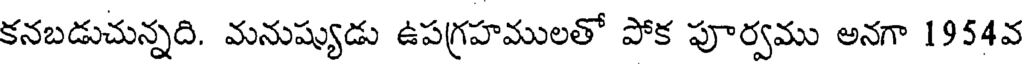
కనబడుచున్నది. మనుష్యుడు ఉపగ్రహములతో పోక పూర్వము అనగా 1954వ